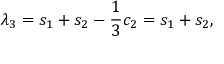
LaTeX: \lambda _ { 3 } = s _ { 1 } + s _ { 2 } - \frac { 1 } { 3 } c _ { 2 } = s _ { 1 } + s _ { 2 } ,